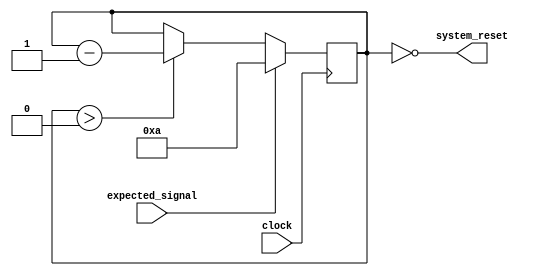
module Watchdog_timer (
    input clock,
    input expected_signal,
    output system_reset
);

parameter PRESET_VALUE = 10; //preset value for counter
reg [3:0] counter; //4-bit counter

//clock gating
always @(posedge clock) begin
    if (expected_signal) begin
        counter <= PRESET_VALUE;
    end else begin
        if (counter > 0)
            counter <= counter - 1;
    end
end

//reset signal generation
assign system_reset = (counter == 0);

endmodule